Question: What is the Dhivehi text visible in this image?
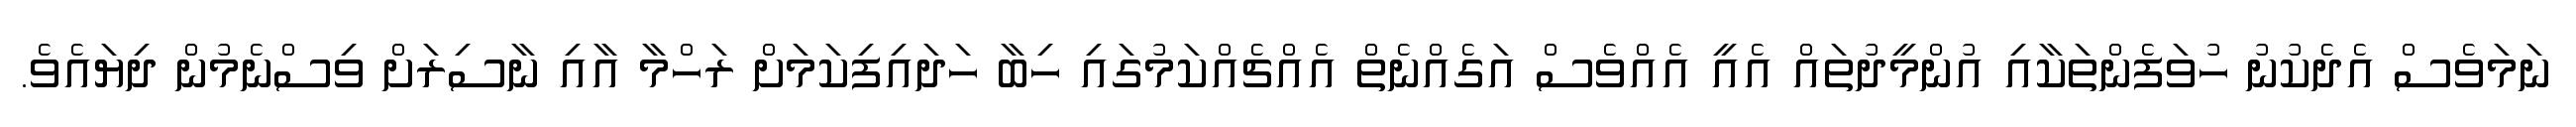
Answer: ނަމަވެސް އެދެކުނު ހުވަފެންތަކާއި އުންމީދުތައް އެއީ އެއްވެސް އަގެއްނެތް އެއްޗެއްކަމުގައި ހިބާ ހަދައިފިކަމަށް ރަހްމާ އާއި ނާސިރަށް ވިސްނެމުން ދިޔައެވެ.